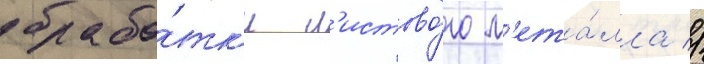
обрабо́тк'и л'истово́го м'ета́лла //